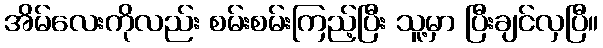
အိမ်လေးကိုလည်း စမ်းစမ်းကြည့်ပြီး သူ့မှာ ပြီးချင်လှပြီ။